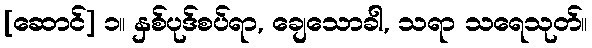
[ဆောင်] ၁။ နှစ်ပုဒ်စပ်ရာ, ချေသောခါ, သရာ သရေသုတ်။